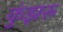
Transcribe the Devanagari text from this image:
कुंझरू